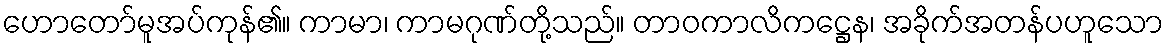
ဟောတော်မူအပ်ကုန်၏။ ကာမာ၊ ကာမဂုဏ်တို့သည်။ တာဝကာလိကဋ္ဌေန၊ အခိုက်အတန်ပဟူသော